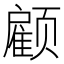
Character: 𮸹